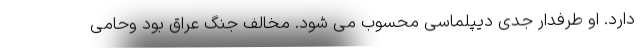
دارد. او طرفدار جدی دیپلماسی محسوب می شود. مخالف جنگ عراق بود وحامی